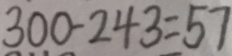
3 0 0 - 2 4 3 = 5 7